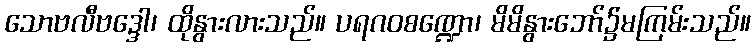
သောဗလီဗဒ္ဒေါ၊ ထိုနွားလားသည်။ ပရဂဝစဏ္ဍော၊ မိမိနွားဘော်၌မကြမ်းသည်။